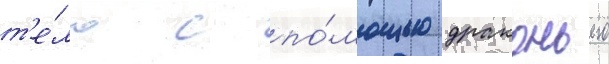
т'е́ло с по́мощью драконьего